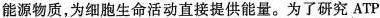
能源物质，为细胞生命活动直接提供能量。为了研究ATP